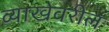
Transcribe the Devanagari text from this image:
व्याखेवरील